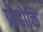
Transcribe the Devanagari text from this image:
प्रौढोक्ति